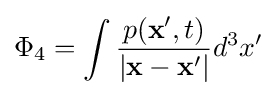
\Phi _{4}=\int {p(\mathbf {x} ',t) \over |\mathbf {x} -\mathbf {x} '|}d^{3}x'